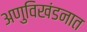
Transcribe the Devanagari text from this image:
अणुविखंडनात